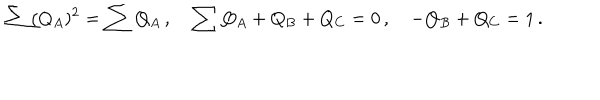
LaTeX: \sum ( Q _ { A } ) ^ { 2 } = \sum Q _ { A } \, , \quad \sum Q _ { A } + Q _ { B } + Q _ { C } = 0 \, , \quad - Q _ { B } + Q _ { C } = 1 \, .